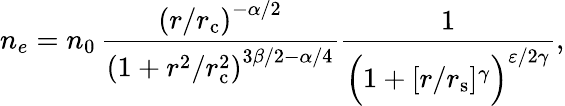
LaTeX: n_{e}=n_{0}\, \frac{\left(r/r_{\mathrm{c}}\right)^{-\alpha/2}}{\left(1+r^{2}/r_{\mathrm{c}}^{2}\right)^{3\beta/2-\alpha/{4}}}\frac{1}{\Big(1+{[r/r_{\mathrm{s}}]^{\gamma}}\Big)^{\varepsilon/{2}\gamma}},